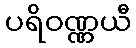
ပရိဝဏ္ဏယီ